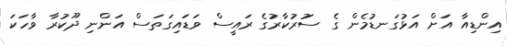
އިންޑިއާ އަށް އަޅުގަނޑުމެން ގެ ސަުރުކާރުގެ ރައީސް ވަޑައިގަތަސް އަންނި ދޫކުރާ ވާހަކަ